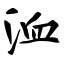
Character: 洫